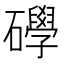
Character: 𥗙